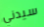
سيدني